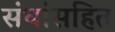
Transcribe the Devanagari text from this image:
संघांसहित